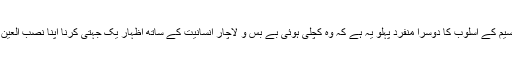
سلطان جمیل نسیم کے اسلوب کا دوسرا منفرد پہلو یہ ہے کہ وہ کچلی ہوئی بے بس و لاچار انسانیت کے ساتھ اظہار یک جہتی کرنا اپنا نصب العین سمجھتے ہیں۔